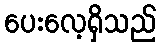
ပေးလေ့ရှိသည်